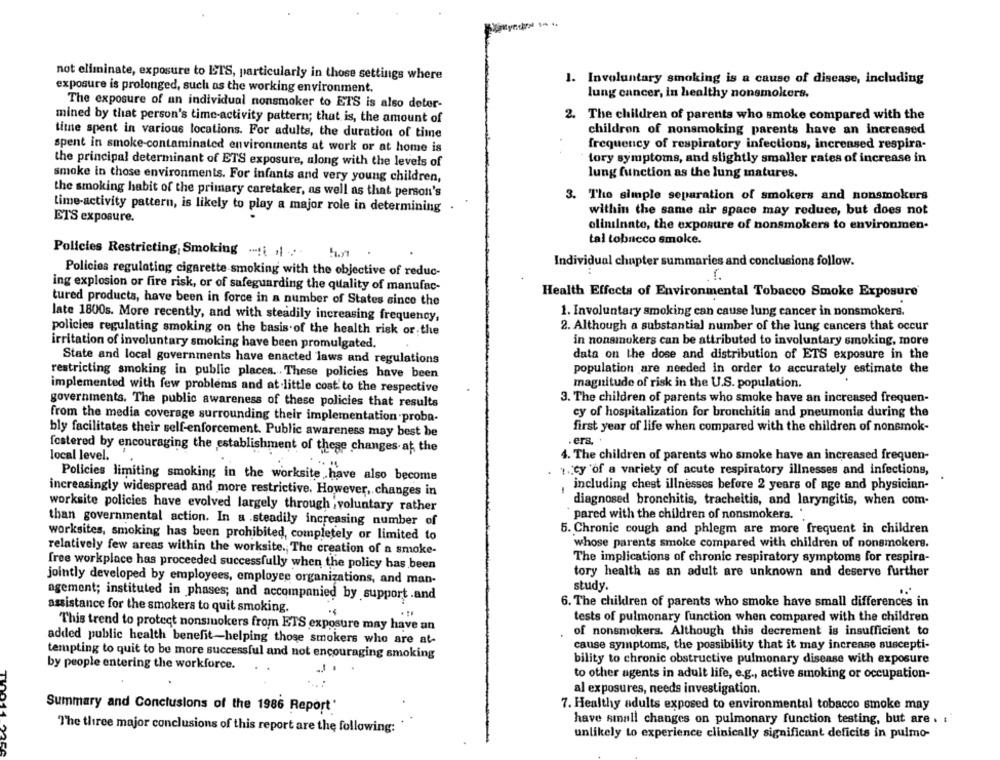
not eliminate, exposure to ETS, particularly in those settings where
1. Involuntary smoking is a cause of disease, including
exposure is prolonged, such as the working environment.
lung cancer, in healthy nonsmokers.
The exposure of an individual nonsmoker to ETS is also deter-
mined by that person's time-activity pattern; that is, the amount of
2. The children of parents who smoke compared with the
children of nonsmoking parents have an increased
time spent in various locations. For adults, the duration of time
frequency of respiratory infections, increased respira-
spent in smoke-contaminated environments at work or at home is
tory symptoms, and slightly smaller rates of increase in
the principal determinant of ETS exposure, along with the levels of
lung function as the lung matures.
smoke in those environments. For infants and very young children,
the smoking habit of the primary caretaker, as well as that person's
3. The simple separation of smokers and nonsmokers
Lime-activity pattern, is likely to play a major role in determining
within the same air space may reduce, but does not
ETS exposure.
olinilnato, the exposure of nonsmokers to environmen-
tal tobneco smoke.
Policies Restricting, Smoking -! \ "\ '
Individual chapter summaries and conclusions follow.
Policies regulating cigarette smoking with the objective of reduc-
ing explosion or fire risk, or of safeguarding the quality of manufac-
Health Effects of Environmental Tobacco Smoke Exposure'
tured products, have been in force in a number of States since the
1. Involuntary smoking can cause lung cancer in nonsmokers.
late 1800s. More recently, and with steadily increasing frequency,
2. Although a substantial number of the lung cancers that occur
policies regulating smoking on the basis of the health risk or the
in nonsmokers can be attributed to involuntary smoking, more
irritation of involuntary smoking have been promulgated.
data on the dose and distribution of ETS exposure in the
State and local governments have enacted laws and regulations
population are needed in order to accurately estimate the
restricting smoking in public places. These policies have been
magnitude of risk in the U.S. population.
implemented with few problems and at little cost to the respective
governments. The public awareness of these policies that results
3. The children of parents who smoke have an increased frequen-
from the media coverage surrounding their implementation proba-
cy of hospitalization for bronchitis and pneumonia during the
bly facilitates their self-enforcement. Public awareness may best be
first year of life when compared with the children of nonsmok-
.era. .
fostered by encouraging the establishment of these changes. at the
4. The children of parents who smoke have an increased frequen-
local level.
1. cy of a variety of acute respiratory illnesses and infections,
Policies limiting smoking in the worksite have also become
, including chest illnesses before 2 years of age and physician-
increasingly widespread and more restrictive. However, changes in
diagnosed bronchitis, tracheitis, and laryngitis, when com-
worksite policies have evolved largely through ;voluntary rather
`pared with the children of nonsmokers. '
than governmental action. In a .steadily increasing number of
5. Chronic cough and phlegm are more frequent in children
worksites, smoking has been prohibited, completely or limited to
whose parents smoke compared with children of nonsmokers.
relatively few areas within the worksite. The creation of a smoke-
The implications of chronic respiratory symptoms for respira-
free workplace has proceeded successfully when the policy has been
tory health as an adult are unknown and deserve further
jointly developed by employees, employee organizations, and man-
study.
agement; instituted in phases; and accompanied by support .and
assistance for the smokers to quit smoking.
6. The children of parents who smoke have small differences in
tests of pulmonary function when compared with the children
This trend to protect nonsmokers from ETS exposure may have an
of nonsmokers. Although this decrement is insufficient to
added public health benefit-helping those smokers who are at-
cause symptoms, the possibility that it may increase suscepti-
tempting to quit to be more successful and not encouraging smoking
bility to chronic obstructive pulmonary disease with exposure
by people entering the workforce.
.J.
to other agents in adult life, e.g ., active smoking or occupation-
al exposures, needs investigation.
7. Healthy adults exposed to environmental tobacco smoke may
Summary and Conclusions of the 1986 Report'
have small changes on pulmonary function testing, but are . :
The three major conclusions of this report are the following:'
unlikely to experience clinically significant deficits in pulmo-